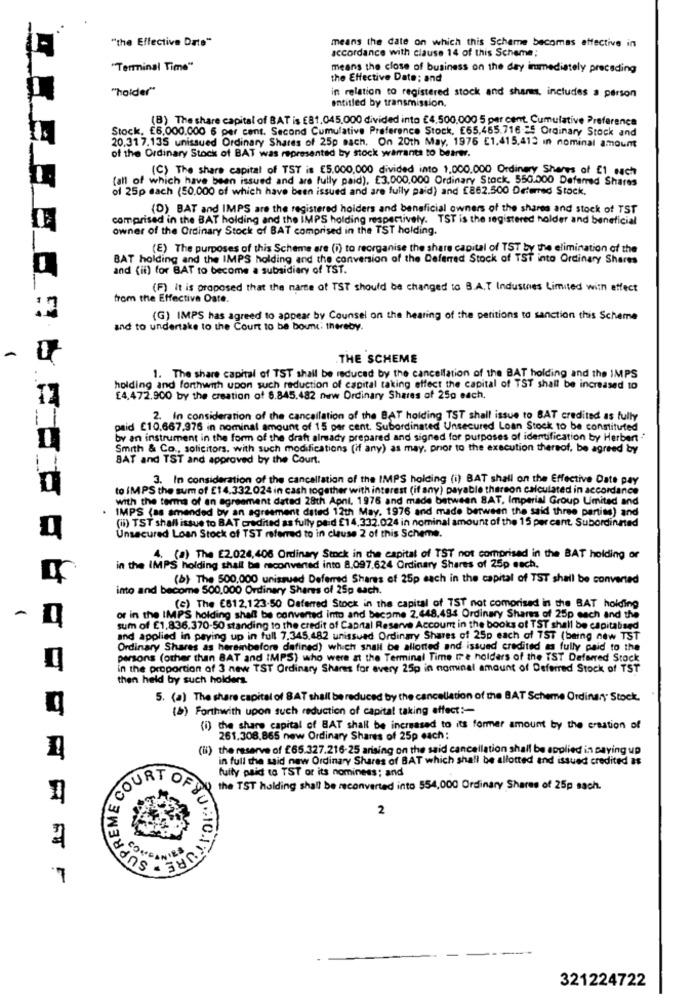
"the Effective Date"
means the date on which this Scheme becomes effective in
accordance with clause 14 of this Scheme;
"Terminal Time"
means the close of business on the day immediately preceding
the Effective Date: and
"holder"
in relation to registered stock and shares, includes a person
entitled by transmission,
(B) The share capital of BAT is €81.045,000 divided into €4,500.000 5 per cent. Cumulative Preference
Stock, £6,000.000 6 per cent. Second Cumulative Preference Stock, E65,465.716 25 Ordinary Stock and
20,317.135 unissued Ordinary Shares of 25p sach. On 20th May, 1976 51,415,413 in nominal amount
of the Ordinary Stock of BAT was represented by stock warrants to bearwr.
(C) The share capital of TST is [5,000,000 divided into 1,000.000 Ordinary Shares of [1 nach
(all of which have been issued and are fully paid). £3.000,000 Ordinary Stock, 550.000 Deferred Shares
of 25p each (50.000 of which have been issued and are fully paid) and [862.500 Deferred Stock.
(D) BAT and IMPS are the registered holders and beneficial owners of the shares and stock of TST
comprised in the BAT holding and the IMPS holding respectively. TST is the registered holder and beneficial
owner of the Ordinary Stock of BAT comprised in the TST holding.
(E) The purposes of this Scheme are (i) to reorganise the share capital of TST by the elimination of the
BAT holding and the IMPS holding and the conversion of the Deferred Stock of TST into Ordinary Shares
and (il) for BAT to become a subsidiary of TST.
(F) it is proposed that the name of TST should be changed to B.A.T Industries Limited with effect
from the Effective Date.
(G) IMPS has agreed to appear by Counsel on the hearing of the paritions to sanction this Scheme
and to undertake to the Court to be bound; thereby.
THE SCHEME
1. The share capital of TST shall be reduced by the cancellation of the BAT holding and the IMPS
holding and forthwith upon such reduction of capital taking effect the capital of TST shall be increased to
[4,472.900 by the creation of 8.845.482 new Ordinary Shares of 250 each.
1
2. In consideration of the cancellation of the BAT holding TST shall issue to BAT credited as fully
paid £10,667,976 in nominal amount of 15 per cent. Subordinated Unsecured Loan Stock to be constituted
by an instrument in the form of the draft already prepared and signed for purposes of identification by Herbert .
Smith & Co ., solicitors. with such modifications (if any) as may, prior to the execution thereof, be agreed by
BAT and TST and approved by the Court.
3. In consideration of the cancellation of the IMPS holding (i) BAT shall on the Effective Date pay
to IMPS the sum of £14.332024 in cash together with interest (if any) payable thereon calculated in accordance
with the terms of an agreement datad 28th Apni, 1976 and made between BAT, Imperial Group Limited and
IMPS (as amended by an agreement dated 12th May. 1976 and made between the said three partime) and
(ii) TST shall issue to BAT credited as fully paid £14,332.024 in nominal amount of the 15 per cent. Subordinated
Unsecured Loan Stock of TST referred to in clause 2 of this Scheme.
4. (a) The E2.024,406 Ordinary Stock in the capital of TST not comprised in the BAT holding or
in the IMPS holding shall be reconverted into 8.097,624 Ordinary Shares of 25p sach.
(b) The 500,000 unissued Deferred Shares of 25p each in the capital of TST shall be converted
into and become 500,000 Ordinary Shares of 25p each.
(c) The 6812,123.50 Deferred Stock in the capital of TST not comorised in the BAT holding
-
or in the IMPS holding shall be converted into and become 2.448,494 Ordinary Share of 25p each and the
sum of £1,836.370-50 standing to the credit of Capital Reserve Accoum in the books of TST shall be capitalized
and applied in paying up in full 7.345,482 unissued Ordinary Shares of 25p each of TST (being new TST
Ordinary Shares as hereinbefore defined) which shall be allotted and issued credited as fully paid to the
persons (other than BAT and IMPS) who were at the Terminal Time n'e holders of the TST Deferred Stock
in the proportion of 3 new TST Ordinary Shares for every 25p in nominal amount of Deferred Stock of TST
then held by such holders.
5. (a) The share capital of 8AT shall be reduced by the cancellation of the BAT Scheme Ordinary" Stock.
(b) Forthwith upon such reduction of capital taking effect :-
(i) the share capital of BAT shall be increased to its former amount by the creation of
261.308,865 new Ordinary Shares of 25p each:
(ii) the reserve of £65.327.216-25 arising on the said cancellation shall be applied in saving up
in full the said new Ordinary Shares of BAT which shall be allotted and issued credited as
fuily paid to TST or its nominees; and
COURT
OF
the TST holding shall be reconverted into 554,000 Ordinary Shares of 25p sach.
2
1.
& CONLANIES
UNICAATUR
321224722